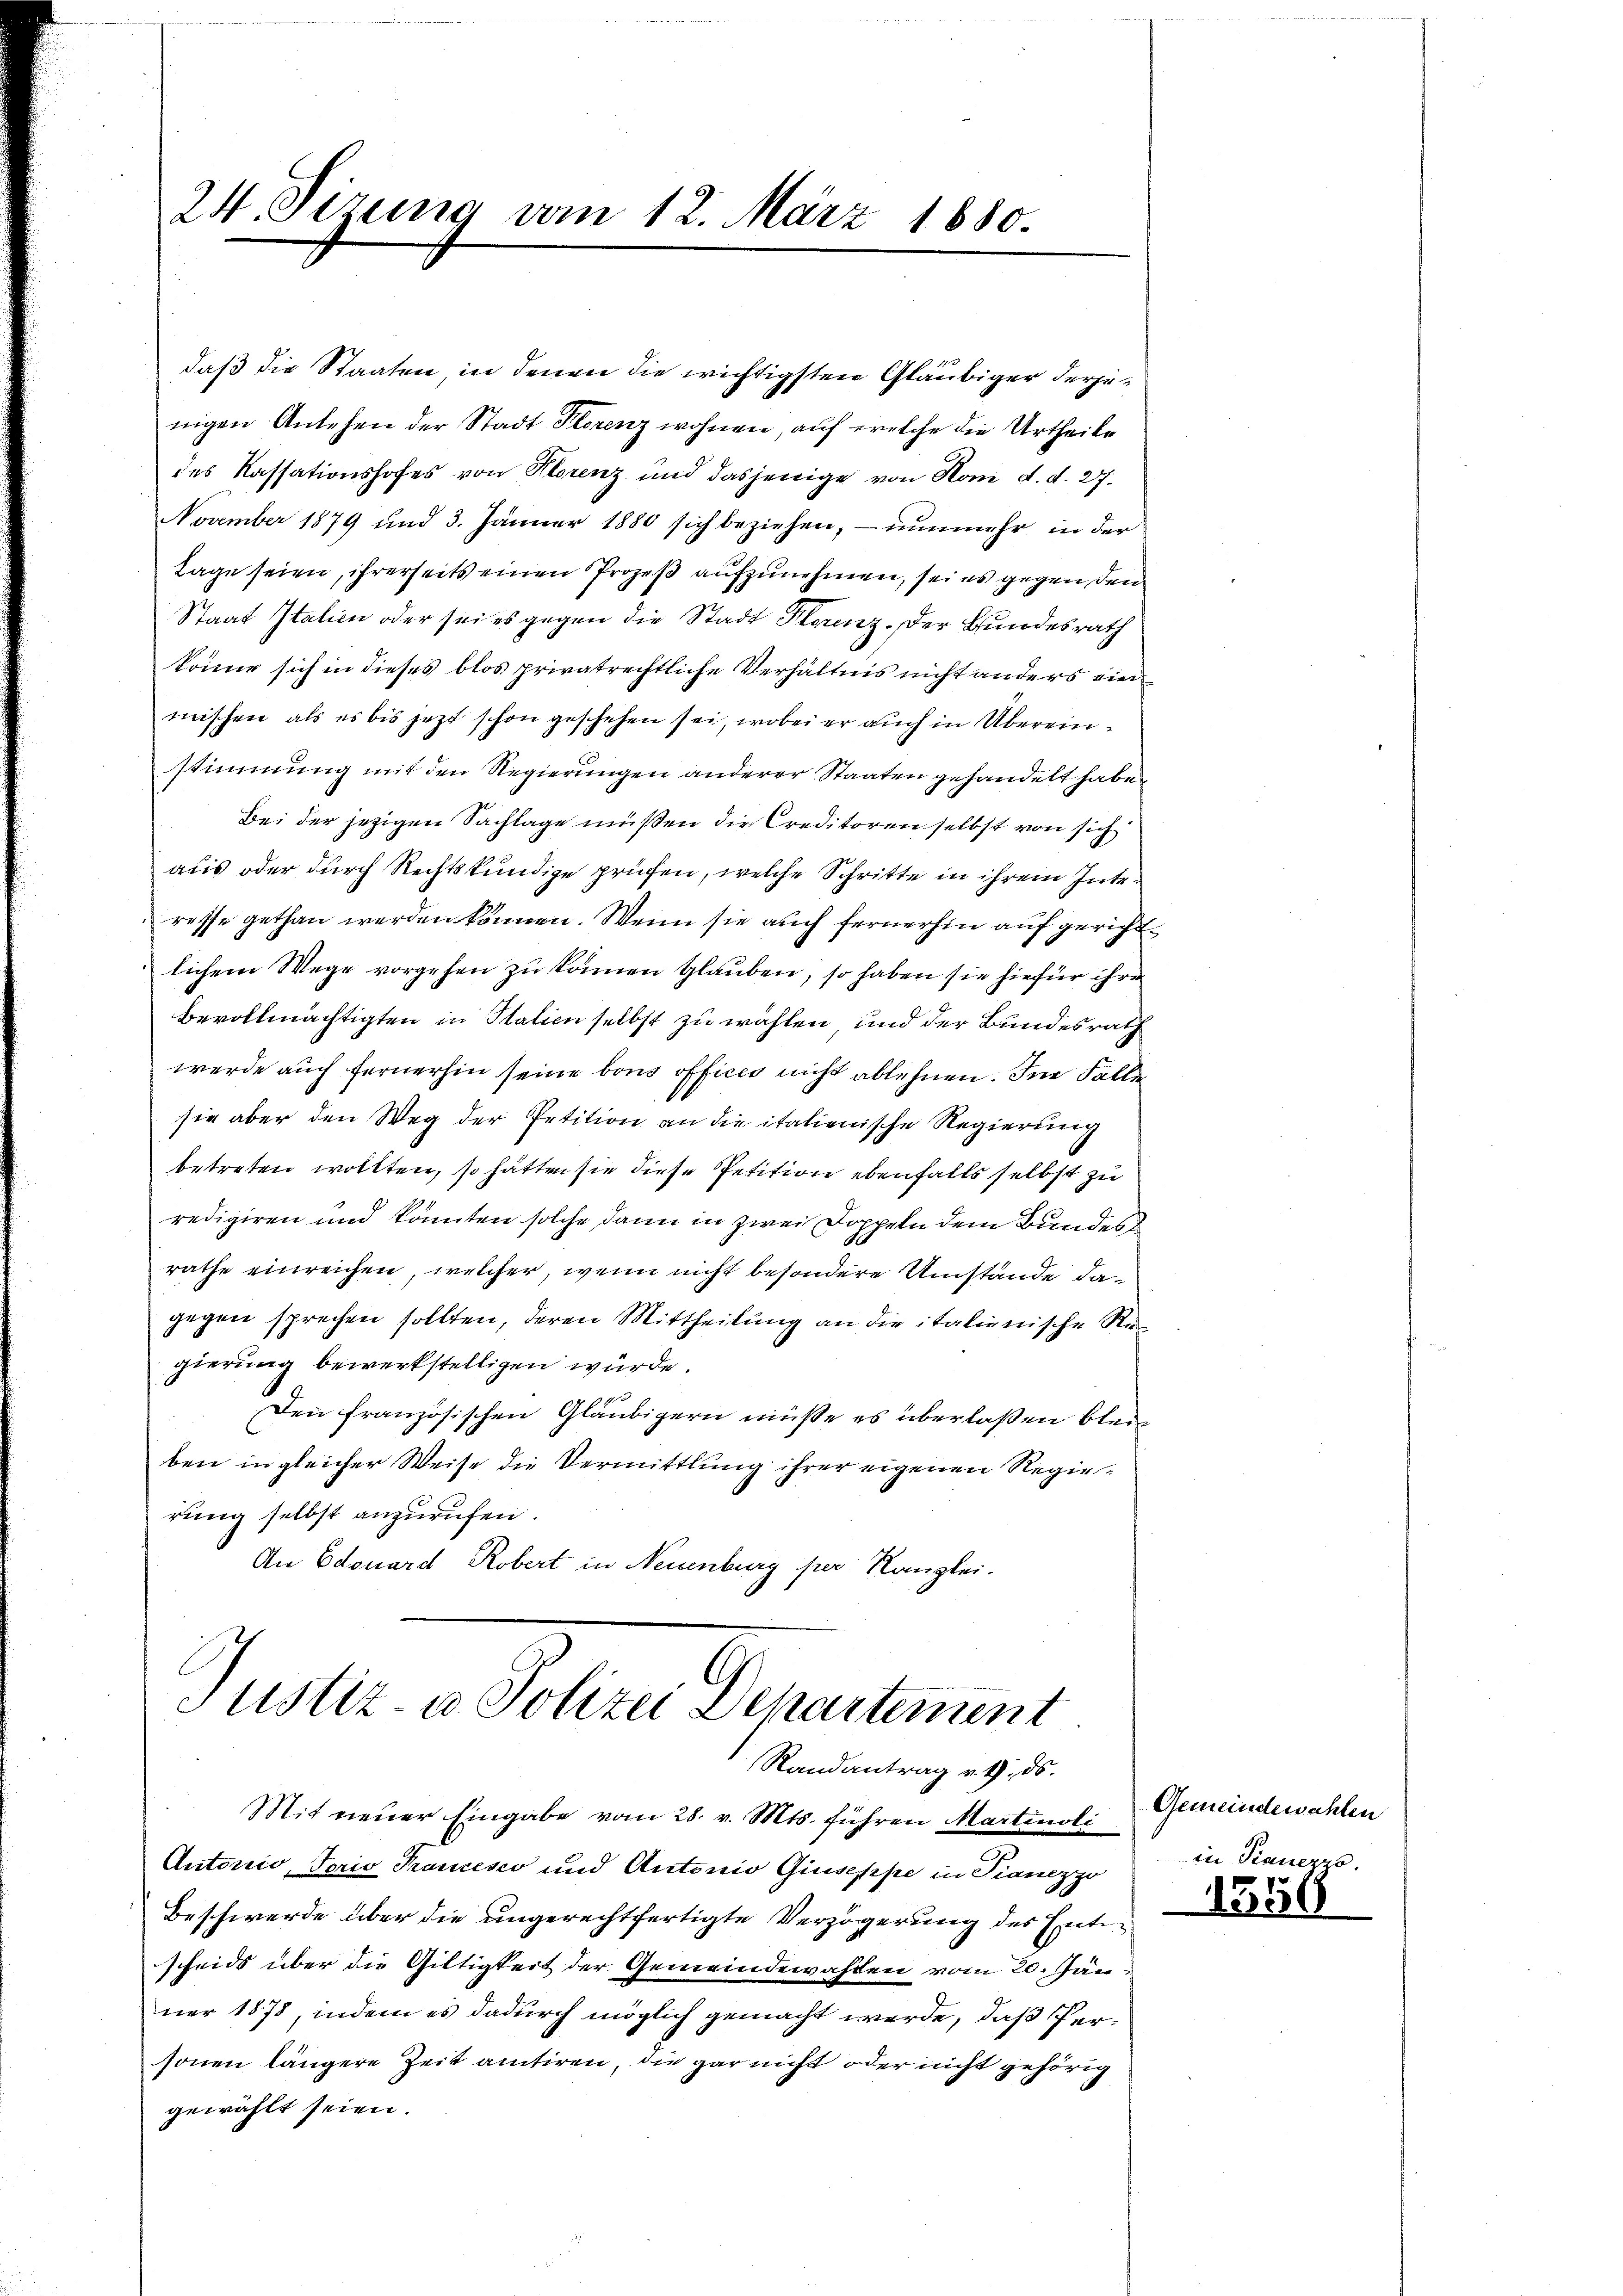
24. Sizung vom 12. März 1880.

daß die Staaten, in denen die wichtigsten Gläubiger derjetigen Anlehen der Stadt Florenz wohnen, auf welche die Urtheile
des Kassationshofes von Morenz und dasjenige von Hom d. d. 27.
November 1879 und 3. Jänner 1880 sich beziehen, – nunmehr in der
Lage seien, ihrerseits einen Prozeß aufzunehmen, sei es gegen den
Staat Italien oder sei es gegen die Stadt Florenz. Der Bundesrath
könne sich in dieses blos privatrechtliche Verhältnis nicht anders ein
mischen, als es bis jetzt schon geschehen sei, wobei er auch in Übereinstimmung mit den Regierungen anderer Staaten gehandelt habe.
Bei der jezigen Sachlage müßen die Creditoren selbst von sich
aus oder durch Rechtskundige prüfen, welche Schritte in ihrem Interesse gethan werden können. Wenn sie auch fernerhin auf gerichtlichem Wege vorgehen zu können Glauben, so haben sie hiefür ihre
Bevollmächtigten in Station selbst zu wählen, und der Bundesrath
werde auch fernerhin seine bons officio nicht ablehnen. In Falle
sie aber den Weg der Petition an die italienische Regierung
betreten wollten, so hätten sie diese Petition ebenfalls selbst zu
redigiren und könnten solche dann in zwei Doppeln dem Bundes
rathe einreichen, welcher, wenn nicht besondere Umstände dagegen sprechen sollten, deren Mittheilung an die italienische Regierung bewerkstelligen würde.
Den französischen Gläubigern müße es überlaßen blei
ben in gleicher Weise die Vermittlung ihrer eigenen Regierung selbst anzurufen.
An Edouard Robert in Neuenburg per Kanzlei.

Justiz- u. Polizei Departement
Randantrag v. 4. ds.

Mit neuer Eingabe vom 28. v. Mts. führen Martinoli Gemeindewahlen
Autorio, Torio Krancesco und Antonio Giuseppe in Pianezzo
Beschwerde über die ungerechtfertigte Verzögerung der Entscheids über die Giltigkeit der Gemeindewahlen vom 20. Jän
ner 1878, indem es dadurch möglich gemacht werde, daß Personen längere Zeit antiren, die gar nicht oder nicht gehörig
gewählt seien.

in Panezzo.

1350